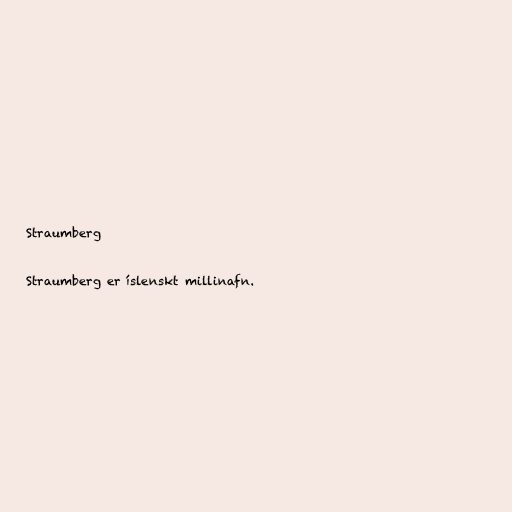
Straumberg

Straumberg er íslenskt millinafn.